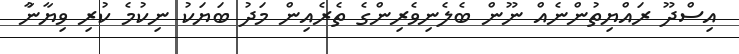
އިސްދޫ ރައްޔިތުންނެއް ނޫން ބެލެނިވެރިންގެ ތެރެއިން މަދު ބަޔަކު ނިކުމެ ކުރި ވިޔާނުާ